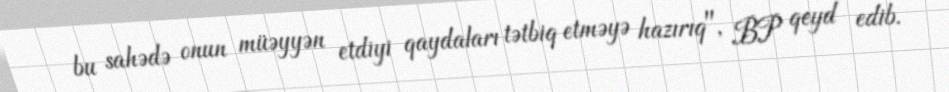
bu sahədə onun müəyyən etdiyi qaydaları tətbiq etməyə hazırıq", BP qeyd edib.